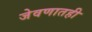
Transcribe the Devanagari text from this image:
जेवणातही